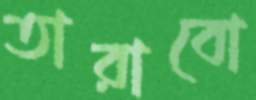
তারাবো